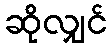
ဆိုလျှင်